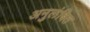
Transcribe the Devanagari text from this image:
अनुलंबित